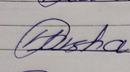
Signature authenticity: genuine